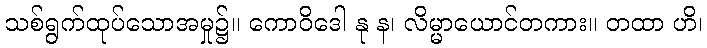
သစ်ရွက်ထုပ်သောအမှု၌။ ကောဝိဒေါ နု န၊ လိမ္မာယောင်တကား။ တထာ ဟိ၊